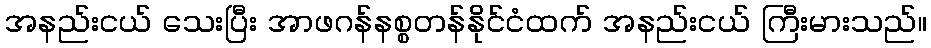
အနည်းငယ် သေးပြီး အာဖဂန်နစ္စတန်နိုင်ငံထက် အနည်းငယ် ကြီးမားသည်။